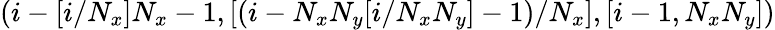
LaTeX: (i-[i/N_{x}]N_{x}-1,[(i-N_{x}N_{y}[i/N_{x}N_{y}]-1)/N_{x}],[i-1,N_{x}N_{y}])